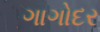
ગાગોદર